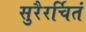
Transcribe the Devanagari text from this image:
सुरैरर्चितं